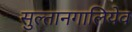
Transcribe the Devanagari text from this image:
सुल्तानगालियेव